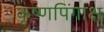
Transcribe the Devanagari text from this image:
कृष्णपिंगाक्ष